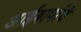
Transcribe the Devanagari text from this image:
आईबापांचे